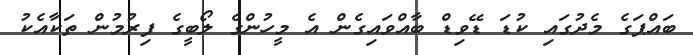
ބައްޕަގެ މެދުގައި ކުޑަ ޑޭވިޑް ބާއްވައިގެން އެ މީހުންގެ ލޯބީގެ ފިރުމުން ތަކާއެކު